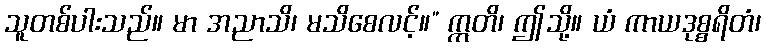
သူတစ်ပါးသည်။ မာ အညာသိ၊ မသိစေလင့်။” ဣတိ၊ ဤသို့။ ယံ ကာယဒုစ္စရိတံ၊